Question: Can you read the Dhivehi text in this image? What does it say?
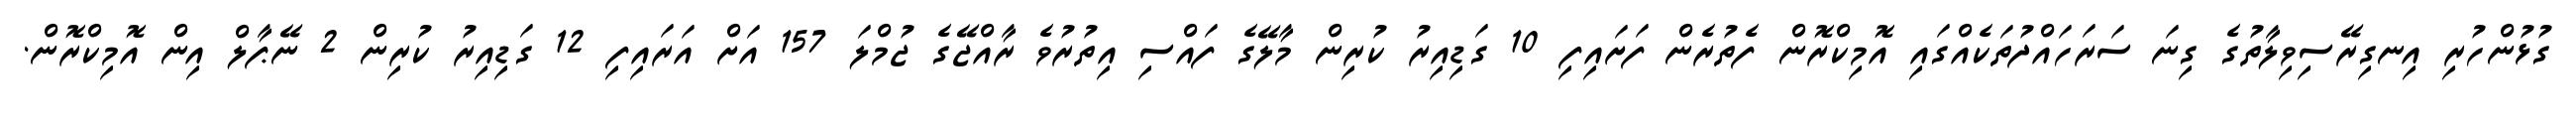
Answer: ގުޅުންހުރި އިނގިރޭސިވިލާތުގެ ގިނަ ސަރަހައްދުތަކެއްގައި އޮމިކްރޮން ފެތުރެން ފަށައިފި 10 ގަޑިއިރު ކުރިން މާލޭގެ ފައްސި އިތުރުވެ ރާއްޖޭގެ ޖުމްލަ 157 އަށް އަރައިފި 12 ގަޑިއިރު ކުރިން 2 ނޭޕާލް އިން އޮމިކްރޮން.